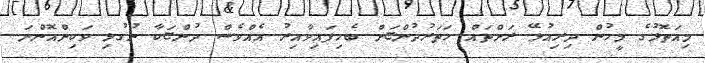
މިއަތޮޅުގެ މީހުން ދިރިއުޅޭ ރަށްތައް ހަތަރުދުންޏަށް ބެހިފައިވާއިރު އެއްވެސް ދުންޏަކާ ނުގުޅި ވަކިންއޮންނަ